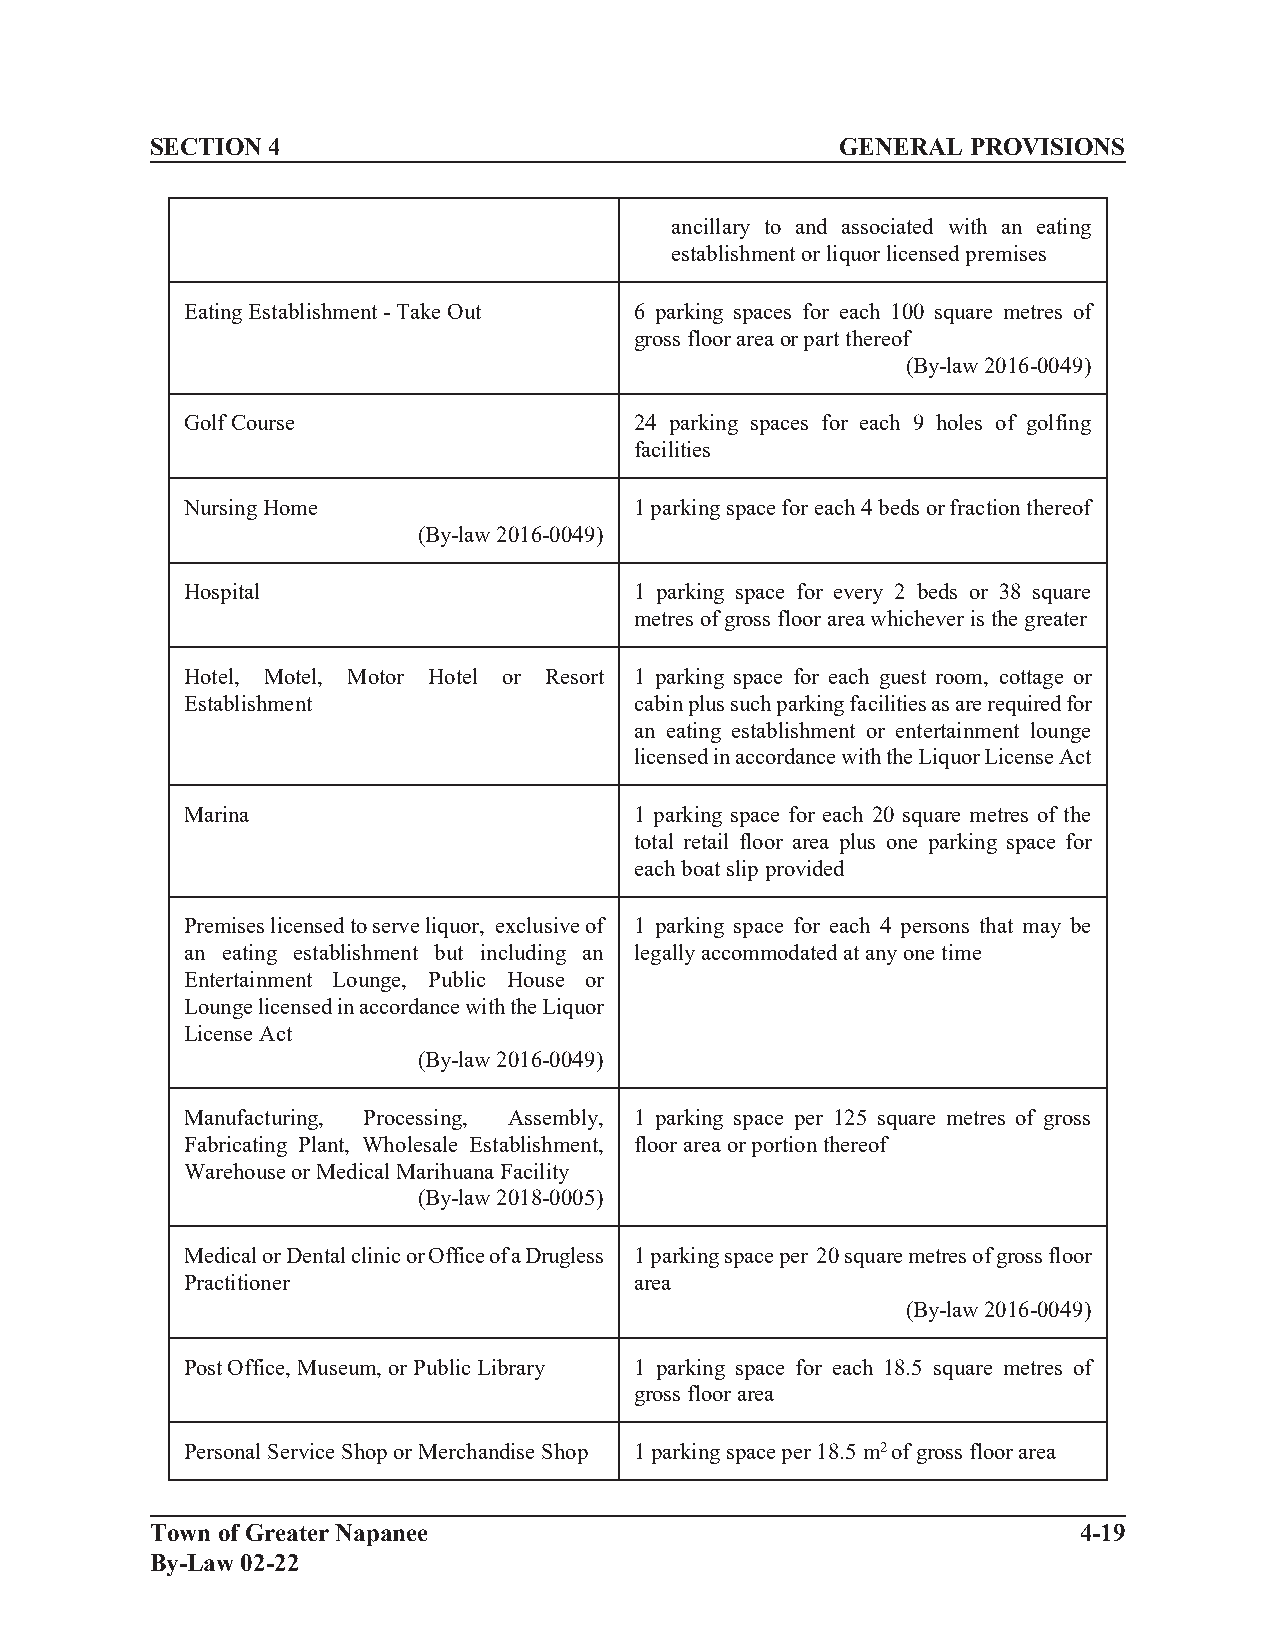
SECTION 4                                     GENERAL PROVISIONS
 ancillary to and associated with an eating
 establishment or liquor licensed premises
 Eating Establishment - Take Out 6 parking spaces for each 100 square metres of
 gross floor area or part thereof
 (By-law 2016-0049)
 Golf Course                   24 parking spaces for each 9 holes of golfing
 facilities
 Nursing Home                  1 parking space for each 4 beds or fraction thereof
 (By-law 2016-0049)
 Hospital                      1 parking space for every 2 beds or 38 square
 metres of gross floor area whichever is the greater
 Hotel, Motel, Motor Hotel or Resort 1 parking space for each guest room, cottage or
 Establishment                 cabin plus such parking facilities as are required for
 an eating establishment or entertainment lounge
 licensed in accordance with the Liquor License Act
 Marina                        1 parking space for each 20 square metres of the
 total retail floor area plus one parking space for
 each boat slip provided
 Premises licensed to serve liquor, exclusive of 1 parking space for each 4 persons that may be
 an eating establishment but including an legally accommodated at any one time
 Entertainment Lounge, Public House or
 Lounge licensed in accordance with the Liquor
 License Act
 (By-law 2016-0049)
 Manufacturing, Processing, Assembly, 1 parking space per 125 square metres of gross
 Fabricating Plant, Wholesale Establishment, floor area or portion thereof
 Warehouse or Medical Marihuana Facility
 (By-law 2018-0005)
 Medical or Dental clinic or Office of a Drugless 1 parking space per 20 square metres of gross floor
 Practitioner                  area
 (By-law 2016-0049)
 Post Office, Museum, or Public Library 1 parking space for each 18.5 square metres of
 gross floor area
 Personal Service Shop or Merchandise Shop 1 parking space per 18.5 m2 of gross floor area
 Town of Greater Napanee                                      4-19
 By-Law 02-22